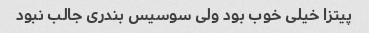
پیتزا خیلی خوب بود ولی سوسیس بندری جالب نبود